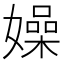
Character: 嬠